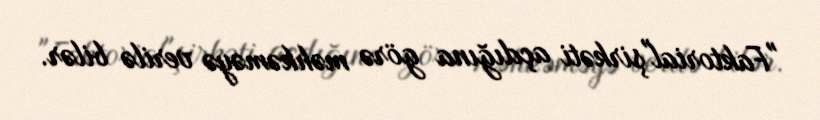
"Faktorial"şirkəti açdığına görə məhkəməyə verilə bilər.